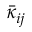
\bar { \kappa } _ { i j }